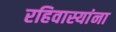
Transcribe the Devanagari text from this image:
रहिवास्यांना